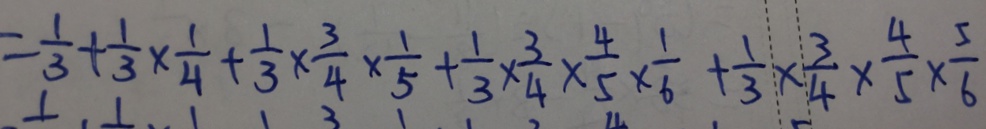
= \frac { 1 } { 3 } + \frac { 1 } { 3 } \times \frac { 1 } { 4 } + \frac { 1 } { 3 } \times \frac { 3 } { 4 } \times \frac { 1 } { 5 } + \frac { 1 } { 3 } \times \frac { 3 } { 4 } \times \frac { 4 } { 5 } \times \frac { 1 } { 6 } + \frac { 1 } { 3 } \times \frac { 3 } { 4 } \times \frac { 4 } { 5 } \times \frac { 5 } { 6 }